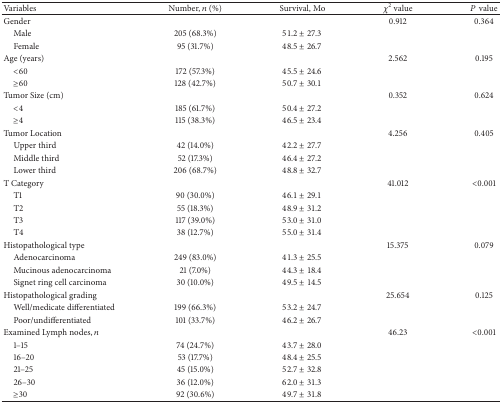
<table><thead><tr><td><b>Variables</b></td><td><b>Number, <i>n</i> (%)</b></td><td><b>Survival, Mo</b></td><td><b><i>χ</i><sup>2</sup> value</b></td><td><b><i>P</i>value</b></td></tr></thead><tbody><tr><td>Gender</td><td> </td><td> </td><td>0.912</td><td>0.364</td></tr><tr><td> Male</td><td>205 (68.3%)</td><td>51.2 ± 27.3</td><td> </td><td> </td></tr><tr><td> Female</td><td>95 (31.7%)</td><td>48.5 ± 26.7</td><td> </td><td> </td></tr><tr><td>Age (years)</td><td> </td><td> </td><td>2.562</td><td>0.195</td></tr><tr><td> &lt;60</td><td>172 (57.3%)</td><td>45.5 ± 24.6</td><td> </td><td> </td></tr><tr><td> ≥60</td><td>128 (42.7%)</td><td>50.7 ± 30.1</td><td> </td><td> </td></tr><tr><td>Tumor Size (cm)</td><td> </td><td> </td><td>0.352</td><td>0.624</td></tr><tr><td> &lt;4</td><td>185 (61.7%)</td><td>50.4 ± 27.2</td><td> </td><td> </td></tr><tr><td> ≥4</td><td>115 (38.3%)</td><td>46.5 ± 23.4</td><td> </td><td> </td></tr><tr><td>Tumor Location</td><td> </td><td> </td><td>4.256</td><td>0.405</td></tr><tr><td> Upper third</td><td>42 (14.0%)</td><td>42.2 ± 27.7</td><td> </td><td> </td></tr><tr><td> Middle third</td><td>52 (17.3%)</td><td>46.4 ± 27.2</td><td> </td><td> </td></tr><tr><td> Lower third</td><td>206 (68.7%)</td><td>48.8 ± 32.7</td><td> </td><td> </td></tr><tr><td>T Category</td><td> </td><td> </td><td>41.012</td><td>&lt;0.001</td></tr><tr><td> T1</td><td>90 (30.0%)</td><td>46.1 ± 29.1</td><td> </td><td> </td></tr><tr><td> T2</td><td>55 (18.3%)</td><td>48.9 ± 31.2</td><td> </td><td> </td></tr><tr><td> T3</td><td>117 (39.0%)</td><td>53.0 ± 31.0</td><td> </td><td> </td></tr><tr><td> T4</td><td>38 (12.7%)</td><td>55.0 ± 31.4</td><td> </td><td> </td></tr><tr><td>Histopathological type</td><td> </td><td> </td><td>15.375</td><td>0.079</td></tr><tr><td> Adenocarcinoma</td><td>249 (83.0%)</td><td>41.3 ± 25.5</td><td> </td><td> </td></tr><tr><td> Mucinous adenocarcinoma</td><td>21 (7.0%)</td><td>44.3 ± 18.4</td><td> </td><td> </td></tr><tr><td> Signet ring cell carcinoma</td><td>30 (10.0%)</td><td>49.5 ± 14.5</td><td> </td><td> </td></tr><tr><td>Histopathological grading</td><td> </td><td> </td><td>25.654</td><td>0.125</td></tr><tr><td> Well/medicate differentiated</td><td>199 (66.3%)</td><td>53.2 ± 24.7</td><td> </td><td> </td></tr><tr><td> Poor/undifferentiated</td><td>101 (33.7%)</td><td>46.2 ± 26.7</td><td> </td><td> </td></tr><tr><td>Examined Lymph nodes, <i>n</i></td><td> </td><td> </td><td>46.23</td><td>&lt;0.001</td></tr><tr><td> 1–15</td><td>74 (24.7%)</td><td>43.7 ± 28.0</td><td> </td><td> </td></tr><tr><td> 16–20</td><td>53 (17.7%)</td><td>48.4 ± 25.5</td><td> </td><td> </td></tr><tr><td> 21–25</td><td>45 (15.0%)</td><td>52.7 ± 32.8</td><td> </td><td> </td></tr><tr><td> 26–30</td><td>36 (12.0%)</td><td>62.0 ± 31.3</td><td> </td><td> </td></tr><tr><td> ≥30</td><td>92 (30.6%)</td><td>49.7 ± 31.8</td><td> </td><td> </td></tr></tbody></table>